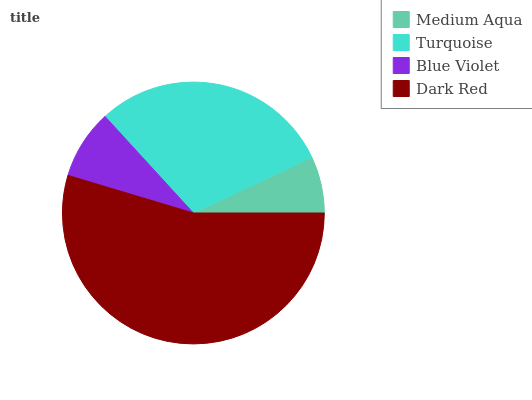
| Medium Aqua | Turquoise | Blue Violet | Dark Red |
 | --- | --- | --- | --- |
 | 6.99% | 29.8% | 8.57% | 54.6% |